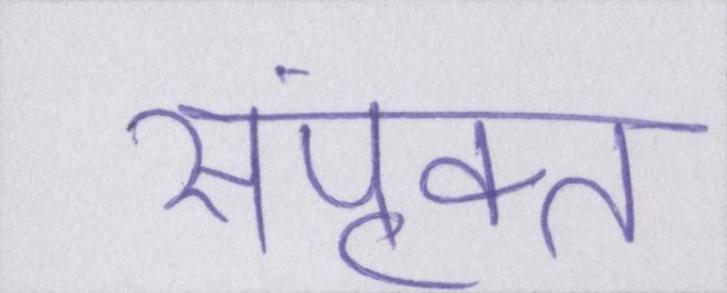
संपृक्त